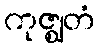
ကုဇ္ဈတံ